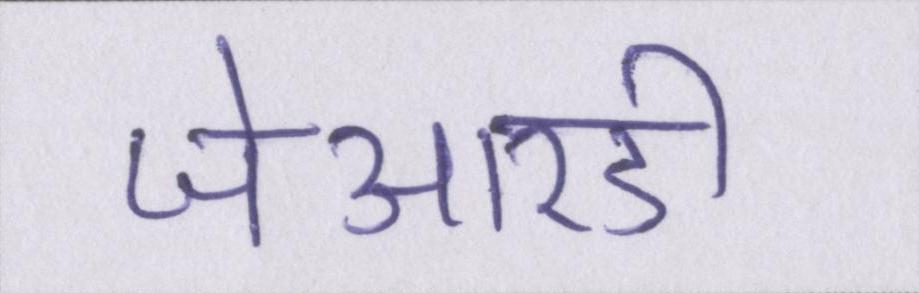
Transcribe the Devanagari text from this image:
जेआरडी